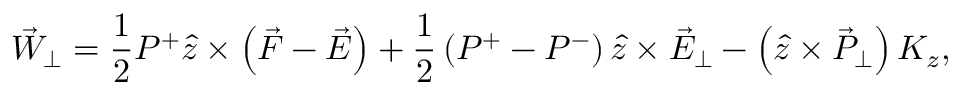
\vec { W } _ { \perp } = \frac { 1 } { 2 } P ^ { + } \hat { z } \times \left( \vec { F } - \vec { E } \right) + \frac { 1 } { 2 } \left( P ^ { + } - P ^ { - } \right) \hat { z } \times \vec { E } _ { \perp } - \left( \hat { z } \times \vec { P } _ { \perp } \right) K _ { z } ,